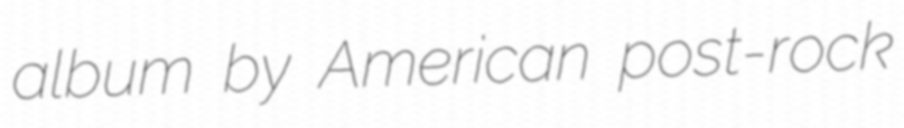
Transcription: album by American post-rock